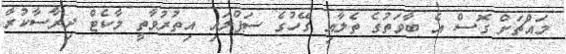
މައްޗަށް ގޮސް އެ ބާވަތުގެ ތެލާއި ގޭހުގެ ސަޕްލައި އިތުރުވާތީ މާކެޓް ދިރާސާކުރާ